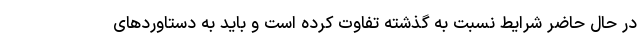
در حال حاضر شرایط نسبت به گذشته تفاوت کرده است و باید به دستاوردهای